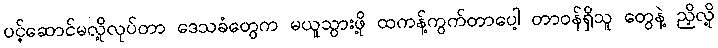
ပင့်ဆောင်မလို့လုပ်တာ ဒေသခံတွေက မယူသွားဖို့ ထကန့်ကွက်တာပေါ့ တာဝန်ရှိသူ တွေနဲ့ ညှိလို့